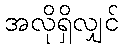
အလိုရှိလျှင်